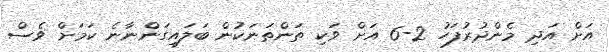
އަށް އަދި މެންދުރުފަހު 2-6 އަށް ވަކި ތަންތަނަކުން ބަލައިގަންނާނެ ކަމަށް ވެސް